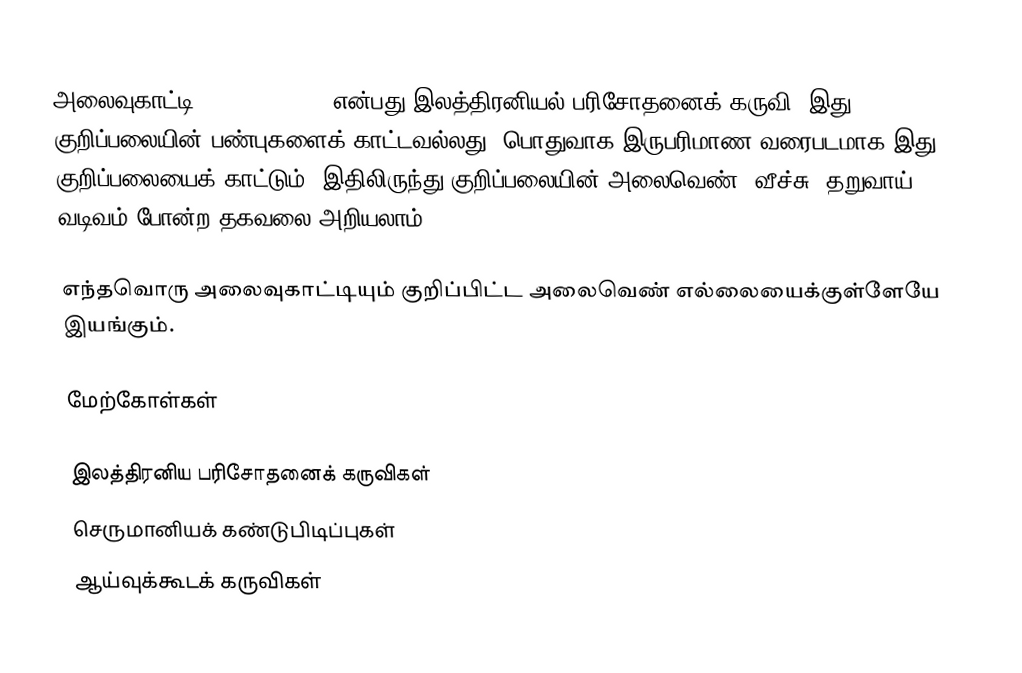
அலைவுகாட்டி (oscilloscope) என்பது இலத்திரனியல் பரிசோதனைக் கருவி. இது குறிப்பலையின் பண்புகளைக் காட்டவல்லது. பொதுவாக இருபரிமாண வரைபடமாக இது குறிப்பலையைக் காட்டும். இதிலிருந்து குறிப்பலையின் அலைவெண், வீச்சு, தறுவாய், வடிவம் போன்ற தகவலை அறியலாம்.

எந்தவொரு அலைவுகாட்டியும் குறிப்பிட்ட அலைவெண் எல்லையைக்குள்ளேயே இயங்கும்.

மேற்கோள்கள்

இலத்திரனிய பரிசோதனைக் கருவிகள்
செருமானியக் கண்டுபிடிப்புகள்
ஆய்வுக்கூடக் கருவிகள்